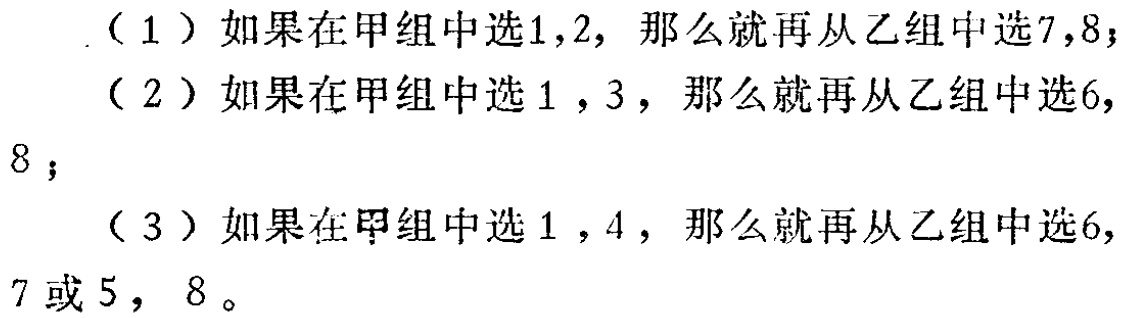
（1）如果在甲组中选1,2，那么就再从乙组中选7,8；

（2）如果在甲组中选1，3，那么就再从乙组中选6,

8；

（3）如果在甲组中选1，4，那么就再从乙组中选6,

7或5，8。